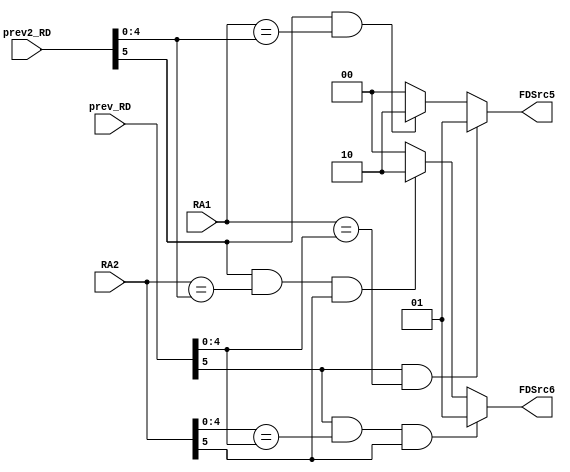
module FWRD(
    input wire [4:0] RA1,
    input wire [5:0] RA2,
    input wire [5:0] prev_RD, // one cycle ago
    input wire [5:0] prev2_RD, // two cycles ago

    output reg [1:0] FDSrc5,
    output reg [1:0] FDSrc6
    );

    initial begin
        FDSrc5 <= 0;
        FDSrc6 <= 0;
    end

    always @ (*) begin
        if ((prev_RD[5]==1) && (RA1 == prev_RD[4:0])) FDSrc5 <= 1;
        else if ((prev2_RD[5]==1) && (RA1 == prev2_RD[4:0])) FDSrc5 <= 'd2;
        else FDSrc5 <= 0;

        if ((prev_RD[5]==1) && (RA2[4:0] == prev_RD[4:0]) && (RA2[5]==1)) FDSrc6 <= 1;
        else if ((prev2_RD[5]==1) && (RA2 == prev2_RD[4:0]) && (RA2[5]==1)) FDSrc6 <= 'd2;
        else FDSrc6 <= 0;
    end
endmodule